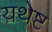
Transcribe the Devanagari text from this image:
य़थेष्ट